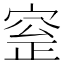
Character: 𡩞